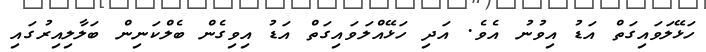
ހަޅޭލަވައިގަތް އަޑު އިވުނު އެވެ. އަދި ހަޅޭއްލަވައިގަތް އަޑު އިވިގެން ބެލްކަނިން ބަލާލިއިރުގައި